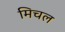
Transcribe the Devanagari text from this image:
मिचल